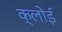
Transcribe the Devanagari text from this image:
क्लोई